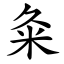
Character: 粂